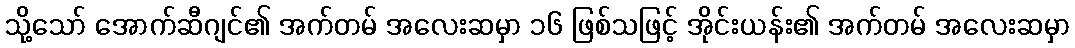
သို့သော် အောက်ဆီဂျင်၏ အက်တမ် အလေးဆမှာ ၁၆ ဖြစ်သဖြင့် အိုင်းယန်း၏ အက်တမ် အလေးဆမှာ